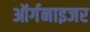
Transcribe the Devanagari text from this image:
ऑर्गनाइजर